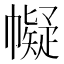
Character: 𢅟